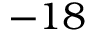
- 1 8